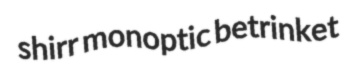
shirr monoptic betrinket